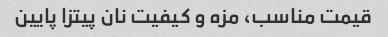
قیمت مناسب، مزه و کیفیت نان پیتزا پایین